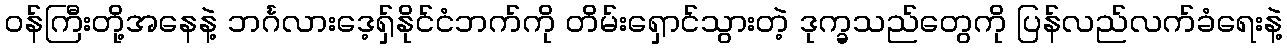
၀န်ကြီးတို့အနေနဲ့ ဘင်္ဂလားဒေ့ရှ်နိုင်ငံဘက်ကို တိမ်းရှောင်သွားတဲ့ ဒုက္ခသည်တွေကို ပြန်လည်လက်ခံရေးနဲ့